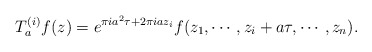
\begin{align*}T^{(i)}_a f(z) = e^{\pi i a^2 \tau + 2 \pi i a z_i} f(z_1, \cdots, z_i +a \tau, \cdots, z_n).\end{align*}